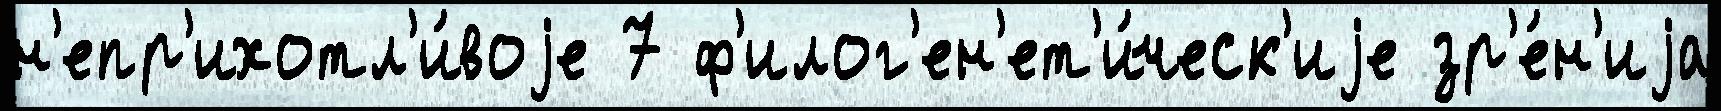
н'епр'ихотл'и́воjе 7 ф'илог'ен'ет'и́ческ'иjе зр'е́н'иjа